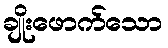
ချိုးဖောက်သော